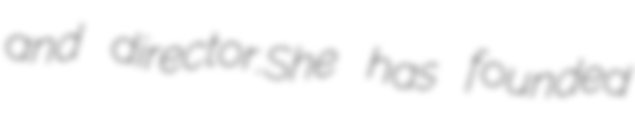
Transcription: and director.She has founded